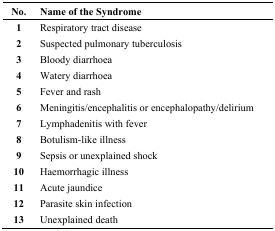
<table><thead><tr><td><b>No.</b></td><td><b>Name of the Syndrome</b></td></tr></thead><tbody><tr><td><b>1</b></td><td>Respiratory tract disease</td></tr><tr><td><b>2</b></td><td>Suspected pulmonary tuberculosis</td></tr><tr><td><b>3</b></td><td>Bloody diarrhoea</td></tr><tr><td><b>4</b></td><td>Watery diarrhoea</td></tr><tr><td><b>5</b></td><td>Fever and rash</td></tr><tr><td><b>6</b></td><td>Meningitis/encephalitis or encephalopathy/delirium</td></tr><tr><td><b>7</b></td><td>Lymphadenitis with fever</td></tr><tr><td><b>8</b></td><td>Botulism-like illness</td></tr><tr><td><b>9</b></td><td>Sepsis or unexplained shock</td></tr><tr><td><b>10</b></td><td>Haemorrhagic illness</td></tr><tr><td><b>11</b></td><td>Acute jaundice</td></tr><tr><td><b>12</b></td><td>Parasite skin infection</td></tr><tr><td><b>13</b></td><td>Unexplained death</td></tr></tbody></table>